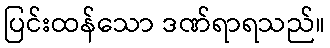
ပြင်းထန်သော ဒဏ်ရာရသည်။